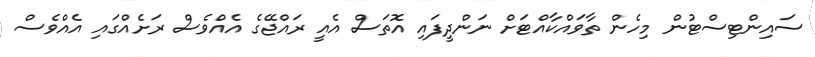
ސައިންޓިސްޓުން މިހެން ތާވައްކާއްޓަށް ނަންދީފައި އޮތަސް އެއީ ރައްޖޭގެ އެއްވެސް ރަށެއްގައި އެއްވެސް